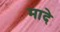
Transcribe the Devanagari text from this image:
मादे